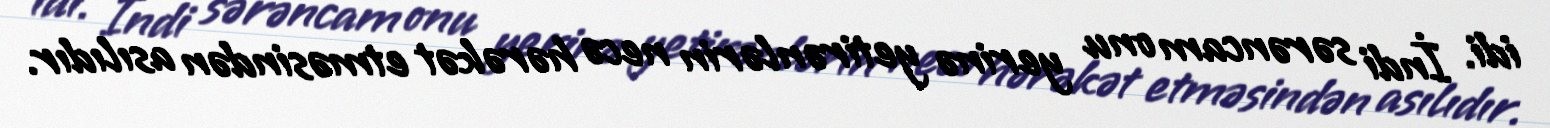
idi. İndi sərəncam onu yerinə yetirənlərin necə hərəkət etməsindən asılıdır.